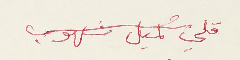
قلي كميل شلهوب